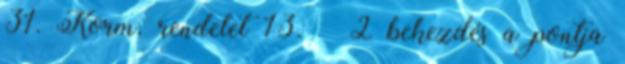
31. Korm. rendelet 13. § 2 bekezdés a pontja